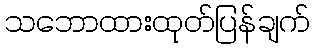
သဘောထားထုတ်ပြန်ချက်